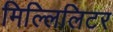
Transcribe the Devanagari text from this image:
मिल्लिलिटर